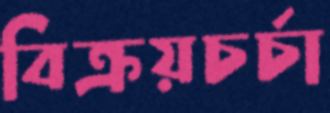
বিক্রয়চর্চা